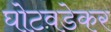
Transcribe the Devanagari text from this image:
घोटवडेकर